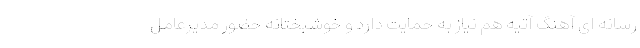
رسانه ای آهنگ آتیه هم نیاز به حمایت دارد و خوشبختانه حضور مدیرعامل